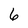
Character: 6